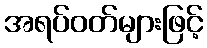
အရပ်ဝတ်များဖြင့်